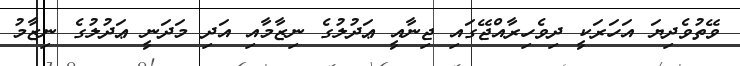
ވޭތުވެދިޔަ އަހަރަކީ ދިވެހިރާއްޖޭގައި ޖިނާއީ ޢަދުލުގެ ނިޒާމާއި އަދި މަދަނީ ޢަދުލުގެ ނިޒާމު